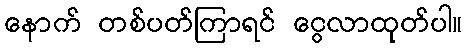
နောက် တစ်ပတ်ကြာရင် ငွေလာထုတ်ပါ။